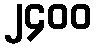
၂၄၀၀